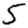
Digit: 5